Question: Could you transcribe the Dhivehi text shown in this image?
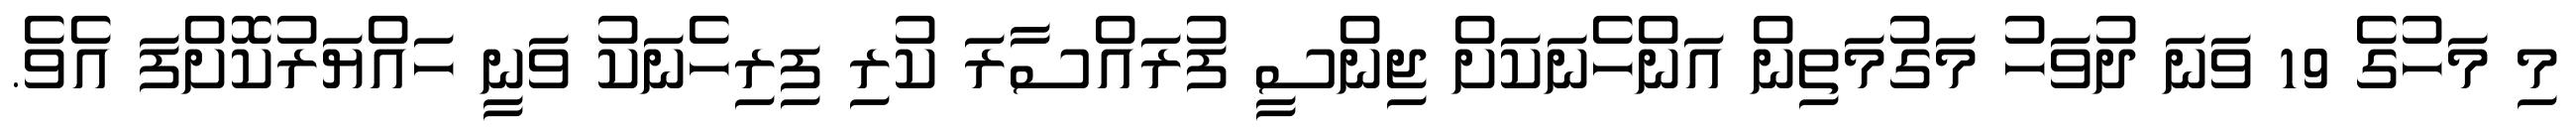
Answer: މި މަހުގެ 19 ވަނަ ދުވަހު މަގުމަތިން އަންހެނަކަށް ޖިންސީ ފުރައްސާރަ ކުރި ފިރިހެނަކު ވަނީ ހައްޔަރުކޮށްފަ އެވެ.